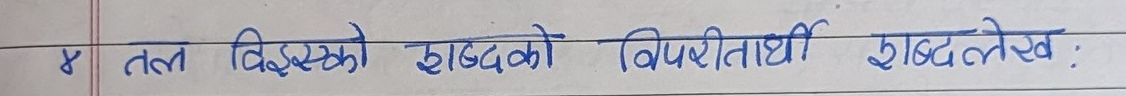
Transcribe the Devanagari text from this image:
४ तल दिइएको शब्दको विपरीतार्थी शब्द लेख :